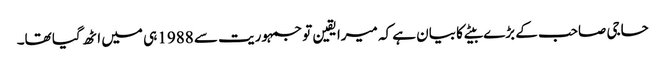
حاجی صاحب کے بڑے بیٹے کا بیان ہے کہ میرا یقین تو جمہوریت سے 1988 ہی میں اٹھ گیا تھا۔